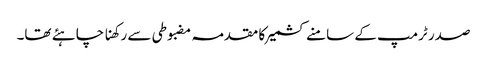
صدر ٹرمپ کے سامنے کشمیر کا مقدمہ مضبوطی سے رکھنا چاہئے تھا۔